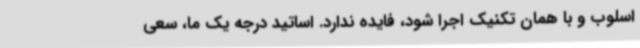
اسلوب و با همان تکنیک اجرا شود، فایده ندارد. اساتید درجه یک ما، سعی